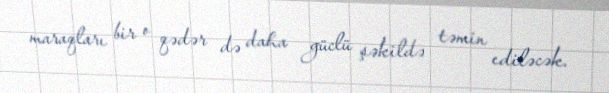
maraqları bir o qədər də daha güclü şəkildə təmin ediləcək.